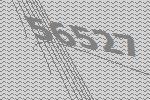
56527